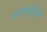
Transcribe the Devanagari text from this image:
राजनाइटिक